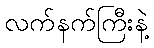
လက်နက်ကြီးနဲ့